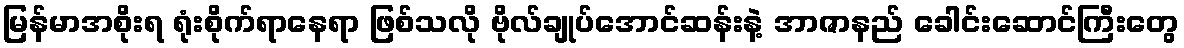
မြန်မာအစိုးရ ရုံးစိုက်ရာနေရာ ဖြစ်သလို ဗိုလ်ချုပ်အောင်ဆန်းနဲ့ အာဇာနည် ခေါင်းဆောင်ကြီးတွေ